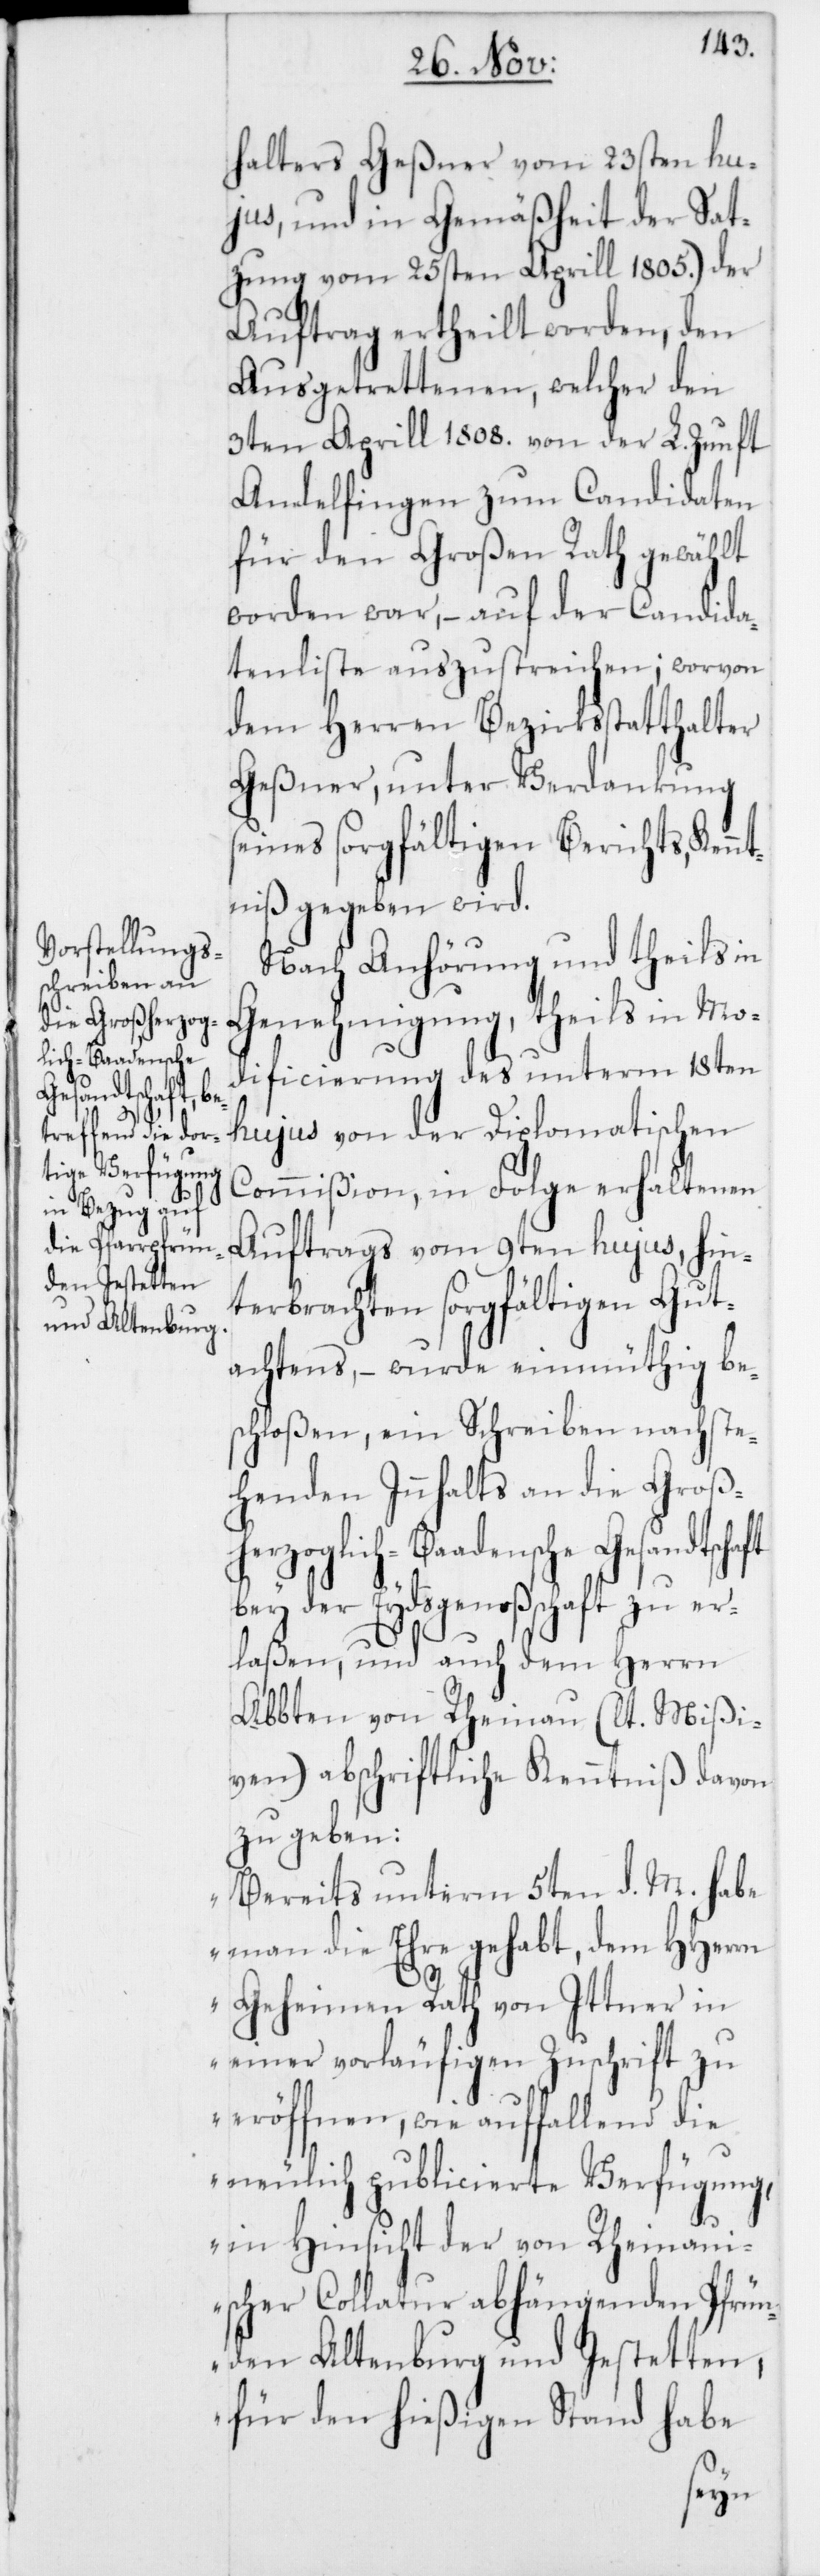
aft

halters Geßner vom 23sten hu¬
jus, und in Gemäßheit der Sat¬
zung vom 25sten Aprill 1805.) der
Auftrag ertheilt worden, den
Ausgetrettenen, welcher den
3ten Aprill 1808. von der L. Zunft
Andelfingen zum Candidaten
für den Großen Rath gewählt
worden war, – auf der Candida¬
tenliste auszustreichen; worvon
dem Herren Bezirksstatthalter
Geßner, unter Verdankung
seines sorgfältigen Berichts, Ken¬
ntniß gegeben wird.
Nach Anhörung und theils in
Genehmigung, theils in Mo¬
dificierung des unterm 18ten
hujus von der Diplomatischen
Commißion, in Folge erhaltenen
Auftrags vom 9ten hujus, hin¬
terbrachten sorgfältigen Gut¬
achtens, – wurde einmüthig be¬
schloßen, ein Schreiben nachste¬
henden Innhalts an die Groß¬
herzoglich-Baadensche Gesandtsch¬
bey der Eydsgenoßenschaft zu er¬
laßen, und auch dem Herrn
Abbten von Rheinau (lt. Mißi¬
ven) abschriftliche Kenntniß davon
zu geben:
„Bereits unterm 5ten d. M. habe
man die Ehre gehabt, dem HHerren
Geheimen Rath von Ittner in
einer vorläufigen Zuschrift zu
eröffnen, wie auffallend die
neulich publicierte Verfügung,
in Hinsicht der von Rheinau¬
ischer Collatur abhängenden Pfrün¬
den Altenburg und Jestetten,
für den hießigen Stand habe